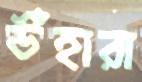
উঁহারা